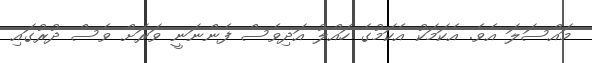
މައްސަލަ އެވެ. އެކަމަކު އެކަމުގެ ހައްލު އަދިވެސް ފެންނަނީ ވަރަށް ވެސް ދުރުގައި